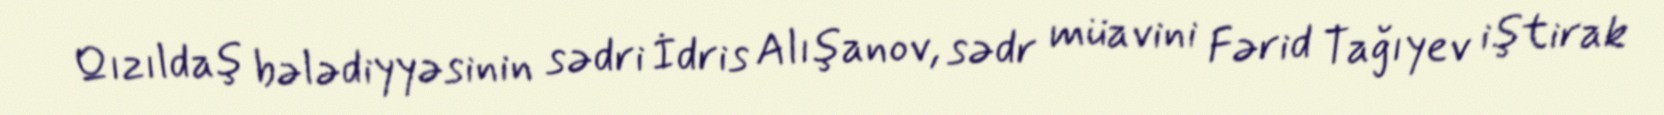
Qızıldaş bələdiyyəsinin sədri İdris Alışanov, sədr müavini Fərid Tağıyev iştirak